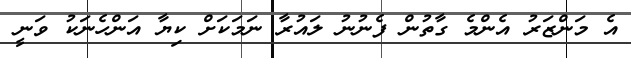
އެ މަންޒަރު އެންމެ ގާތުން ފެނުނު ލައުރާ ނަމަކަށް ކިޔާ އަންހެނަކު ވަނީ